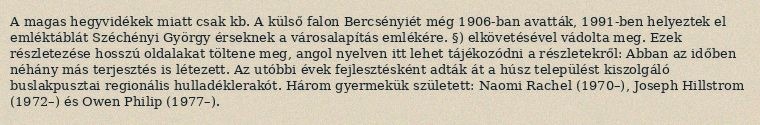
A magas hegyvidékek miatt csak kb. A külső falon Bercsényiét még 1906-ban avatták, 1991-ben helyeztek el emléktáblát Széchényi György érseknek a városalapítás emlékére. §) elkövetésével vádolta meg. Ezek részletezése hosszú oldalakat töltene meg, angol nyelven itt lehet tájékozódni a részletekről: Abban az időben néhány más terjesztés is létezett. Az utóbbi évek fejlesztésként adták át a húsz települést kiszolgáló buslakpusztai regionális hulladéklerakót. Három gyermekük született: Naomi Rachel (1970–), Joseph Hillstrom (1972–) és Owen Philip (1977–).